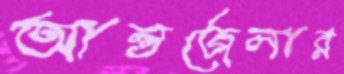
আন্তজেলার